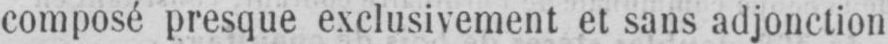
composé presque exclusivement et sans adjonction